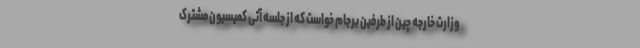
وزارت خارجه چین از طرفین برجام خواست که از جلسه آتی کمیسیون مشترک